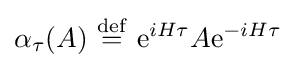
\alpha _{\tau }(A)\ {\stackrel {\mathrm {def} }{=}}\ \mathrm {e} ^{iH\tau }A\mathrm {e} ^{-iH\tau }